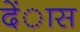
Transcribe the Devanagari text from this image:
देंास